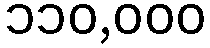
၁၁၀,၀၀၀